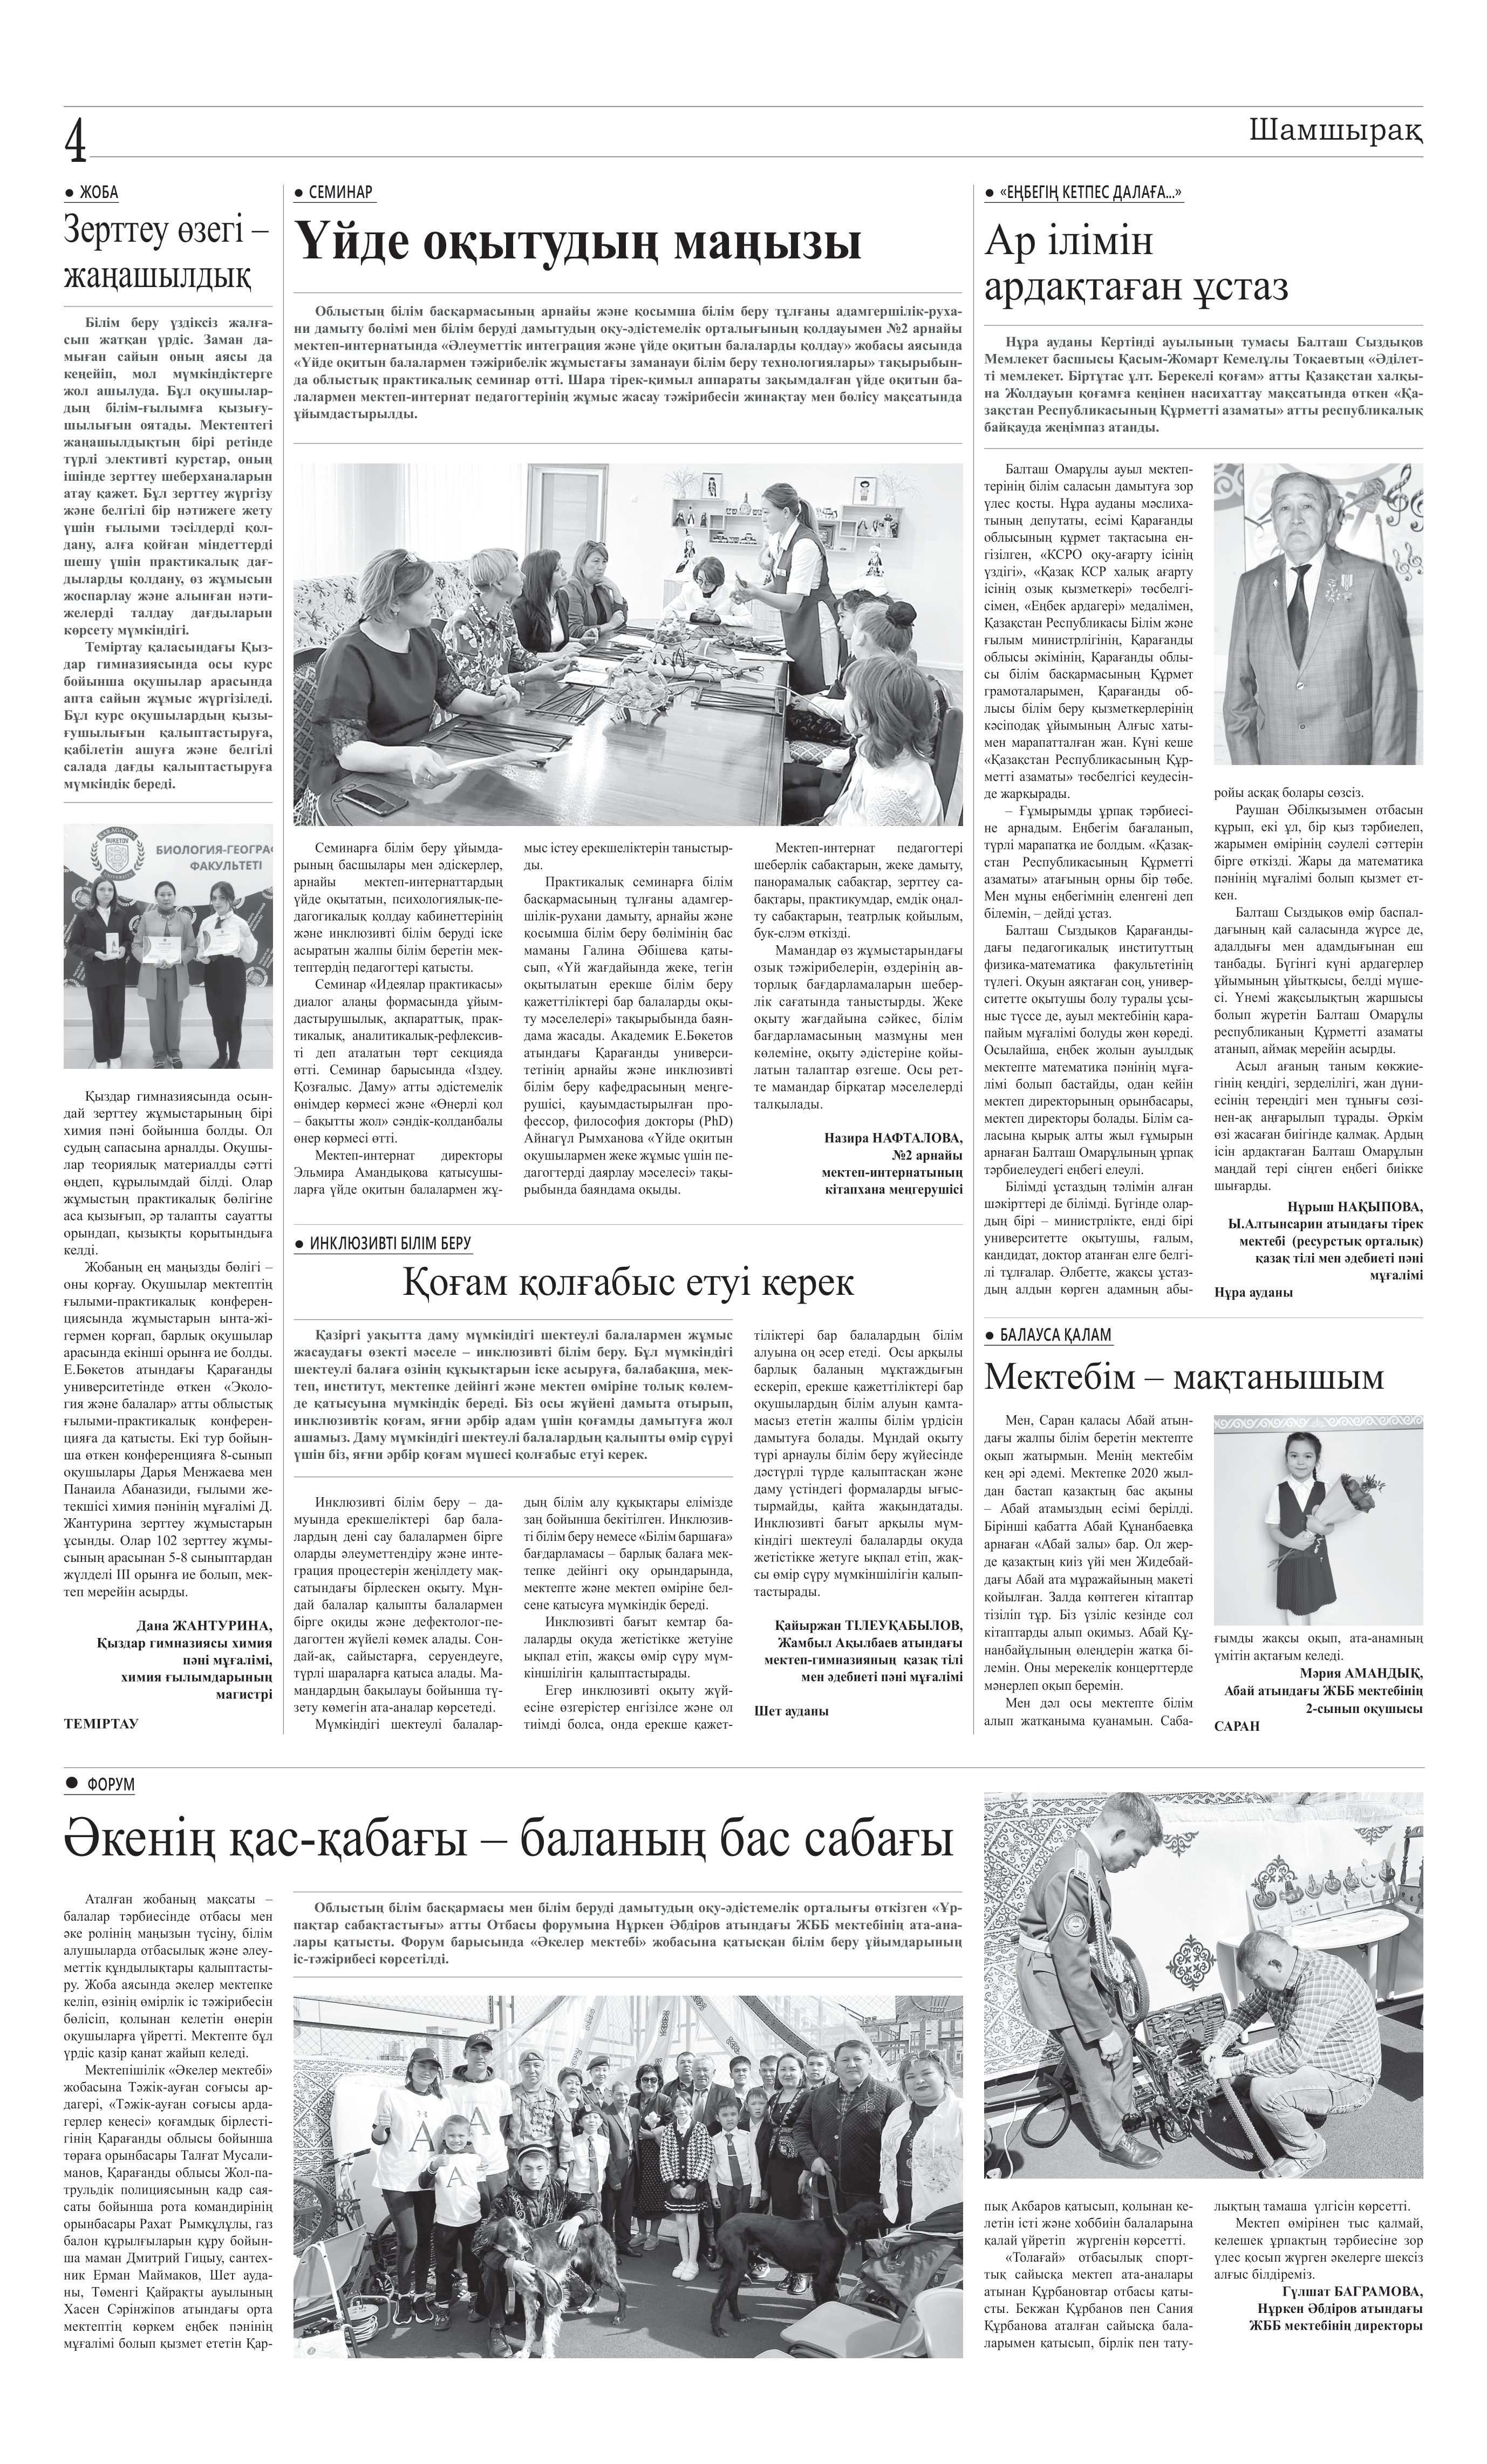
Language: kk